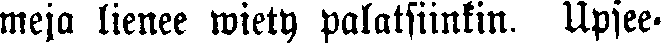
meja lienee wiety palatsiinkin. Upsee-